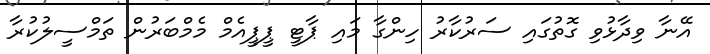
އޭނާ ވިދާޅުވި ގޮތުގައި ސަރުކާރު ހިންގާ މައި ޕާޓީ ޕީޕީއެމް މެމްބަރުން ތަމްސީލުކުރާ